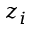
z _ { i }